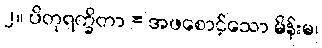
၂။ ပိတုရက္ခိတာ = အဖစောင့်သော မိန်းမ၊